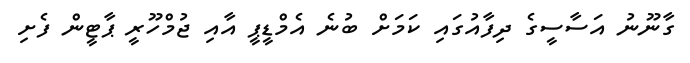
ގާނޫނު އަސާސީގެ ދިފާއުގައި ކަމަށް ބުނެ އެމްޑީޕީ އާއި ޖުމްހޫރީ ޕާޓީން ފެށި